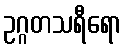
ဥဂ္ဂတသရီရော